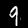
Label: 9